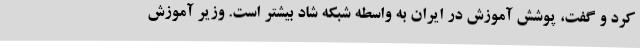
کرد و گفت، پوشش آموزش در ایران به واسطه شبکه شاد بیشتر است. وزیر آموزش